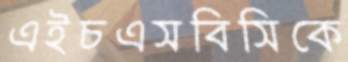
এইচএসবিসিকে